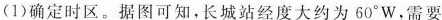
(1)确定时区。据图可知，长城站经度大约为60°W，需要